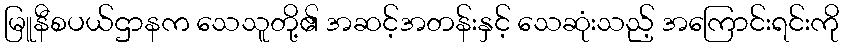
မြူနီစပယ်ဌာနက သေသူတို့၏ အဆင့်အတန်းနှင့် သေဆုံးသည့် အကြောင်းရင်းကို